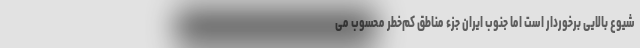
شیوع بالایی برخوردار است اما جنوب ایران جزء مناطق کم‌خطر محسوب می